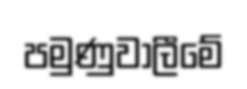
පමුණුවාලීමේ